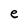
Character: e